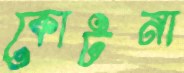
কোটনা